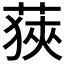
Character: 𦷈